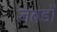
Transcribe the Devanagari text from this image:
जबडों